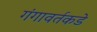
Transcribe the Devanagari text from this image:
गंगावर्तकडे